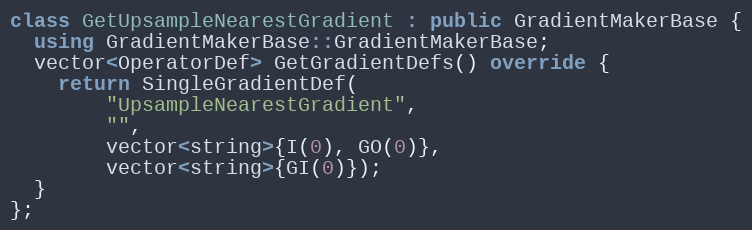
Language: C++
class GetUpsampleNearestGradient : public GradientMakerBase {
  using GradientMakerBase::GradientMakerBase;
  vector<OperatorDef> GetGradientDefs() override {
    return SingleGradientDef(
        "UpsampleNearestGradient",
        "",
        vector<string>{I(0), GO(0)},
        vector<string>{GI(0)});
  }
};